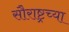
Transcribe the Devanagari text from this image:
सौराष्ट्रच्या